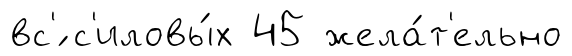
вс'́ с'иловы́х 45 жела́т'ельно